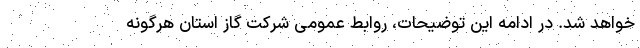
خواهد شد. در ادامه این توضیحات، روابط عمومی شرکت گاز استان هرگونه